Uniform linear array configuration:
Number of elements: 32
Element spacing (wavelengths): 0.5
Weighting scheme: binomial
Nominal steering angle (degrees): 45
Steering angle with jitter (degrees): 44.119
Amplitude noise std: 0.05
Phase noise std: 0.05

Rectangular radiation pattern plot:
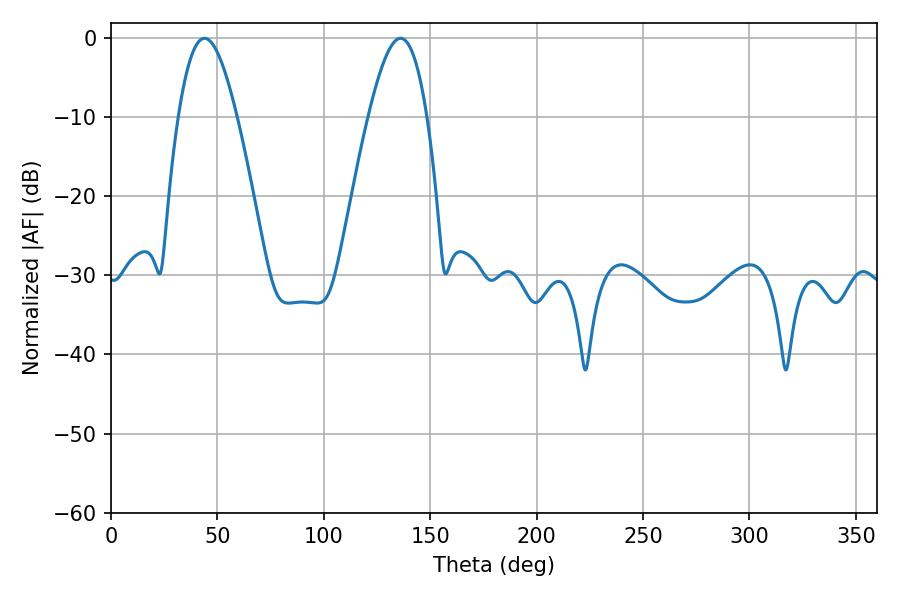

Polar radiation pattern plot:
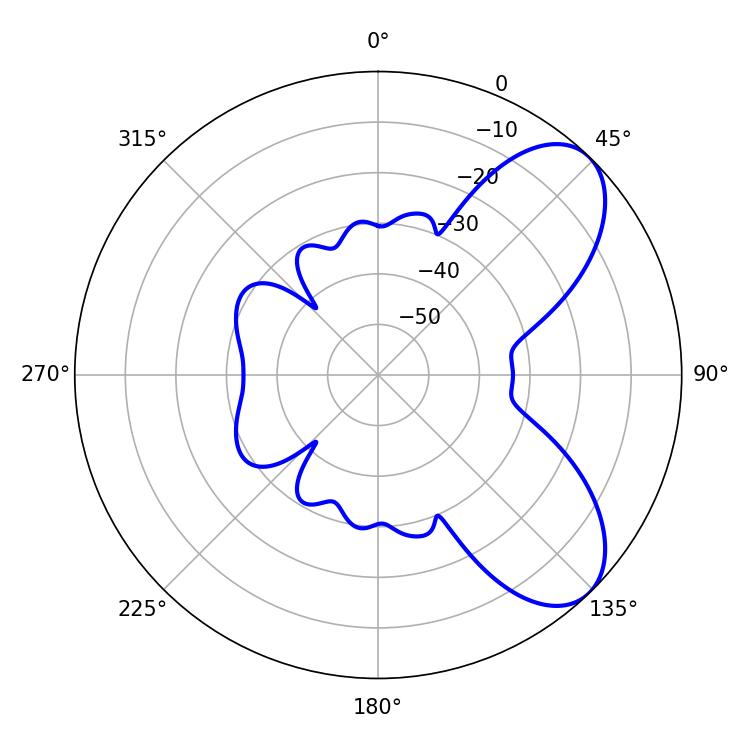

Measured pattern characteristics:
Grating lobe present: FALSE
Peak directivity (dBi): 7.057
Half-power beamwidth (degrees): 14.94
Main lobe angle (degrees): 43.92